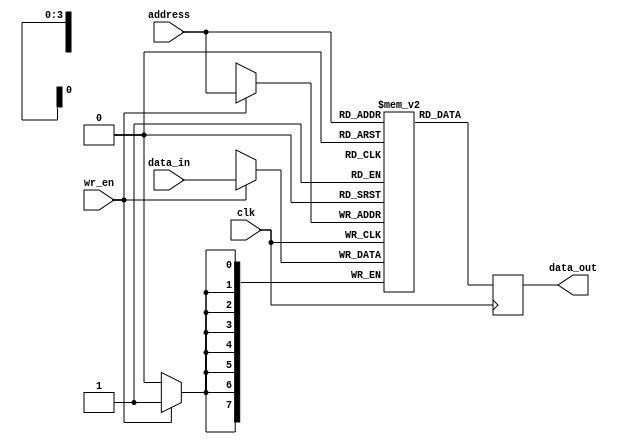
module SRAM (
  input wire clk,          // Clock signal
  input wire wr_en,        // Write enable signal
  input wire [7:0] data_in, // Data input
  input wire [3:0] address, // Memory address
  output reg [7:0] data_out // Data output
);

reg [7:0] memory [15:0];   // 16x8 memory array

always @(posedge clk) begin
  if (wr_en) begin
    memory[address] <= data_in;
  end
  data_out <= memory[address];
end

endmodule